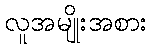
လူအမျိုးအစား